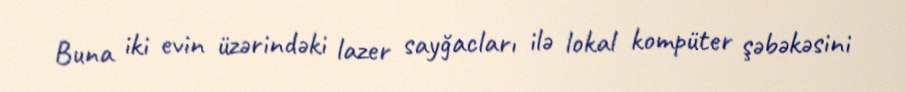
Buna iki evin üzərindəki lazer sayğacları ilə lokal kompüter şəbəkəsini